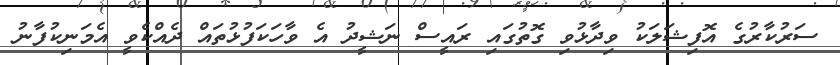
ސަރުކާރުގެ އޮފިޝަލަކު ވިދާޅުވި ގޮތުގައި ރައީސް ނަޝީދު އެ ވާހަކަފުޅުތައް ދެއްކެވީ އެމަނިކުފާނު